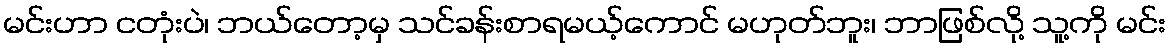
မင်းဟာ ငတုံးပဲ၊ ဘယ်တော့မှ သင်ခန်းစာရမယ့်ကောင် မဟုတ်ဘူး၊ ဘာဖြစ်လို့ သူ့ကို မင်း